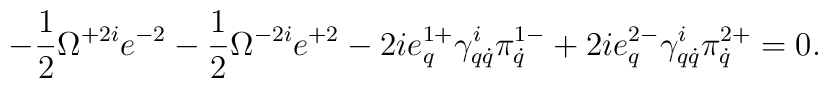
-\frac12\Omega^{+2i}e^{-2}-\frac12\Omega^{-2i}e^{+2}-2ie^{1+}_q\gamma^i_{q\dot q}\pi^{1-}_{\dot q}+2ie^{2-}_q\gamma^i_{q\dot q}\pi^{2+}_{\dot q}=0.